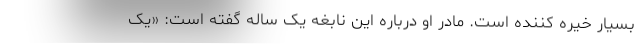
بسیار خیره کننده است. مادر او درباره این نابغه یک ساله گفته است: «یک